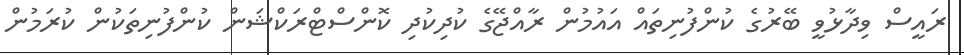
ރައީސް ވިދާޅުވީ ބޭރުގެ ކުންފުނިތައް އައުމުން ރާއްޖޭގެ ކުދިކުދި ކޮންސްޓްރަކްޝަން ކުންފުނިތަކުން ކުރަމުން